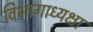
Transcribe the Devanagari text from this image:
विभागाध्यक्षा